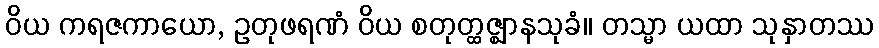
ဝိယ ကရဇကာယော, ဥတုဖရဏံ ဝိယ စတုတ္ထဇ္ဈာနသုခံ။ တသ္မာ ယထာ သုနှာတဿ